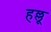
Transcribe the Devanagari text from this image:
हल्लू